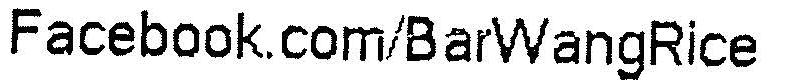
FACEBOOK.COM/BARWANGRICE